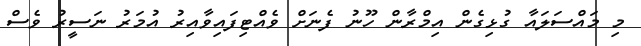
މި މައްސަލައާ ގުޅިގެން އިމްރާން ހޫނު ފެނަށް ވެއްޓިފައިވާއިރު އުމަރު ނަސީރު ވެސް